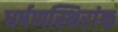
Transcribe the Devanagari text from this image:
धर्षणस्थिरांक